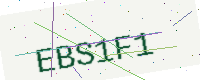
Text: EBS1F1